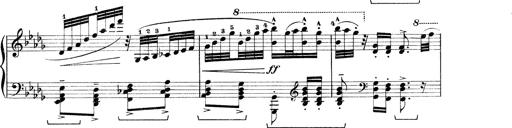
Title: Rapsodie: 19 ungheresi, 1 spagnuola
Composer: Franz Liszt